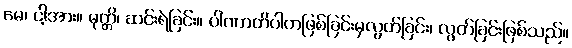
မေ၊ ငါ့အား။ မုတ္တိ၊ ဆင်းရဲခြင်း။ ပါဏာတိပါတဖြစ်ခြင်းမှလွတ်ခြင်း၊ လွတ်ခြင်းဖြစ်သည်။